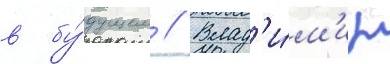
в бу́дущем // Влад'и́м'ир